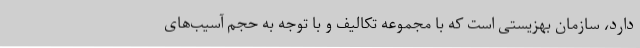
دارد، سازمان بهزیستی است که با مجموعه تکالیف و با توجه به حجم آسیب‌های